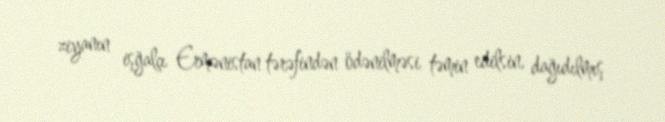
ziyanın işğalçı Ermənistan tərəfindən ödənilməsi təmin edilsin, dağıdılmış